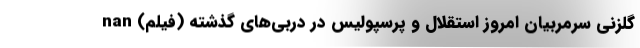
گلزنی سرمربیان امروز استقلال و پرسپولیس در دربی‌های گذشته (فیلم) nan